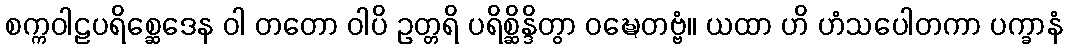
စက္ကဝါဠပရိစ္ဆေဒေန ဝါ တတော ဝါပိ ဥတ္တရိ ပရိစ္ဆိန္ဒိတွာ ဝဍ္ဎေတဗ္ဗံ။ ယထာ ဟိ ဟံသပေါတကာ ပက္ခာနံ